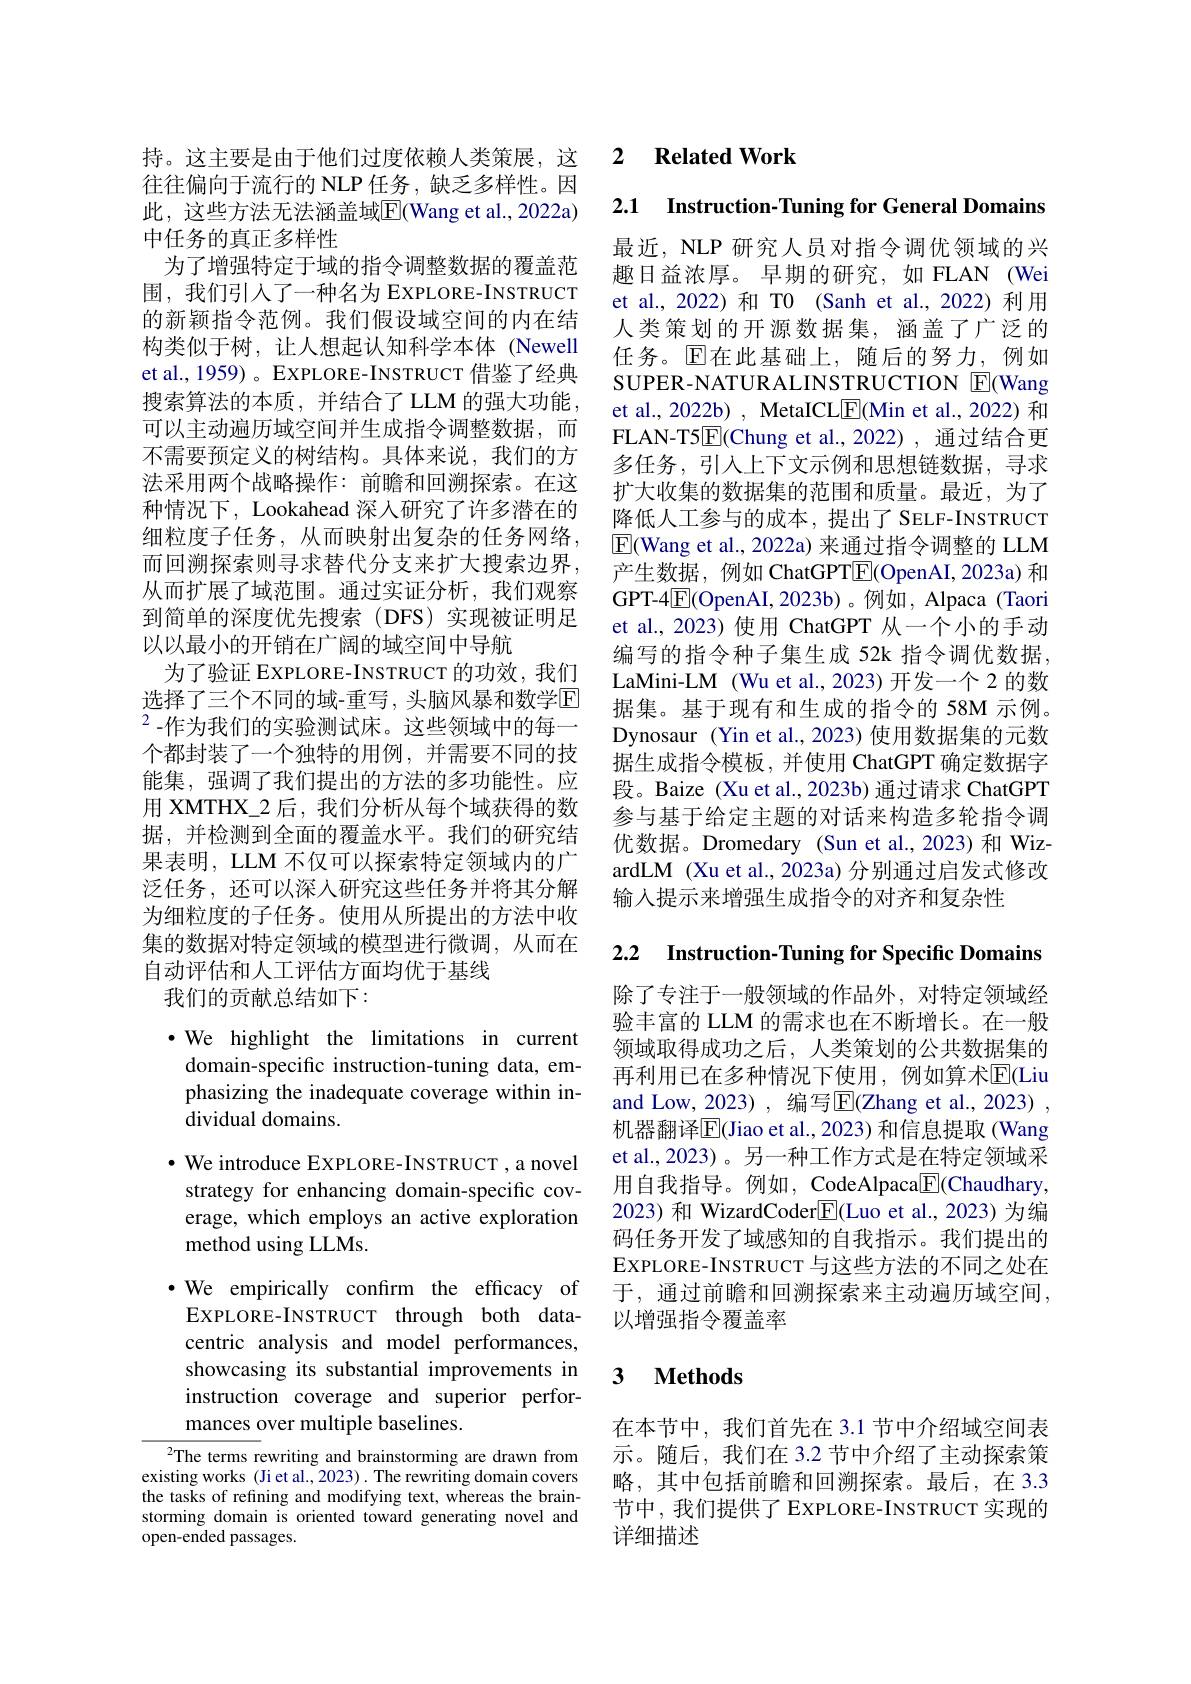
持。这主要是由于他们过度依赖人类策展，这往往偏向于流行的 NLP 任务，缺乏多样性。因此，这些方法无法涵盖域$\overline{\mathrm{E}}($Wang et al.,2022a) 中任务的真正多样性
为了增强特定于域的指令调整数据的覆盖范围，我们引入了一种名为 EXPLORE-INSTRUCT 的新颖指令范例。我们假设域空间的内在结构类似于树，让人想起认知科学本体 (Newell et al., 1959) 。EXPLORE-INSTRUCT 借鉴了经典搜索算法的本质，并结合了LLM 的强大功能， 可以主动遍历域空间并生成指令调整数据，而不需要预定义的树结构。具体来说，我们的方法采用两个战略操作：前瞻和回溯探索。在这种情况下，Lookahead 深人研究了许多潜在的细粒度子任务，从而映射出复杂的任务网络， 而回溯探索则寻求替代分支来扩大搜索边界， 从而扩展了域范围。通过实证分析，我们观察到简单的深度优先搜索(DFS)实现被证明足以以最小的开销在广阔的域空间中导航
为了验证 EXPLORE-INSTRUCT 的功效，我们选择了三个不同的域-重写，头脑风暴和数学$\mathbb{E}$ $^2$-作为我们的实验测试床。这些领域中的每一个都封装了一个独特的用例，并需要不同的技能集，强调了我们提出的方法的多功能性。应用 XMTHX\_2后，我们分析从每个域获得的数据，并检测到全面的覆盖水平。我们的研究结果表明，LLM 不仅可以探索特定领域内的广泛任务，还可以深入研究这些任务并将其分解为细粒度的子任务。使用从所提出的方法中收集的数据对特定领域的模型进行微调，从而在自动评估和人工评估方面均优于基线
我们的贡献总结如下：

·We highlight the limitations in current domain-specific instruction-tuning data, emphasizing the inadequate coverage within individual domains.
$\cdot$ We introduce EXPLORE-INSTRUCT , a novel strategy for enhancing domain-specific coverage, which employs an active exploration method using LLMs.
·We empirically confırm the effıcacy of EXPLORE-INSTRUCT through both datacentric analysis and model performances, showcasing its substantial improvements in instruction coverage and superior performances over multiple baselines.

$^{2}$The terms rewriting and brainstorming are drawn from existing works (Ji et al., 2023) . The rewriting domain covers the tasks of refining and modifying text, whereas the brainstorming domain is oriented toward generating novel and open-ended passages.

### 2 $\textbf{Related Work}$

2.1 $\textbf{Instruction- Tuning for General Domains}$

最近，NLP 研究人员对指令调优领域的兴趣日益浓厚。早期的研究，如 FLAN (Wei et al., 2022) 和 T0 (Sanh et al., 2022) 利用人类策划的开源数据集，涵盖了广泛的任务。$\operatorname{E\text{在此基础上，随后的努力，例如}}$ SUPER-NATURALINSTRUCTION E(Wang et al., 2022b) , MetaICLE(Min et al., 2022) 和FLAN- T5[ E] (Chung et al.,2022),通过结合更多任务，引入上下文示例和思想链数据，寻求扩大收集的数据集的范围和质量。最近，为了降低人工参与的成本，提出了 SELF-INSTRUCT $\mathbb{E}$(Wang et al., 2022a) 来通过指令调整的 LLM 产生数据，例如 ChatGPTE(OpenAI,2023a)和GPT-4$\boxed{\mathrm{F}}($OpenAI,2023b)。例如，Alpaca (Taori et al., 2023) 使用 ChatGPT 从一个小的手动编写的指令种子集生成 52k 指令调优数据， LaMini-LM (Wu et al., 2023) 开发一个 2 的数据集。基于现有和生成的指令的 58M 示例。Dynosaur (Yin et al.,2023) 使用数据集的元数据生成指令模板，并使用 ChatGPT 确定数据字段。Baize (Xu et al.,2023b) 通过请求 ChatGPT 参与基于给定主题的对话来构造多轮指令调优数据。Dromedary (Sun et al.,2023)和 WizardLM (Xu et al., 2023a) 分别通过启发式修改输人提示来增强生成指令的对齐和复杂性

2.2 $\textbf{Instruction- Tuning for Specific Domains}$

除了专注于一般领域的作品外，对特定领域经验丰富的 LLM 的需求也在不断增长。在一般领域取得成功之后，人类策划的公共数据集的再利用已在多种情况下使用，例如算术$\overline{\mathrm{E}}($Liu and Low, 2023) , 编写E$[ ( Z$hang et al., 2023) , 机器翻译$\overline{\mathrm{E}}($Jiao et al., 2023) 和信息提取 (Wang et al.,2023)。另一种工作方式是在特定领域采用自我指导。例如，CodeAlpaca$\boxed{\mathrm{F}}($Chaudhary, 2023) 和 WizardCoder$\underline{\mathrm{E}}($Luo et al.,2023)为编码任务开发了域感知的自我指示。我们提出的EXPLORE-INSTRUCT 与这些方法的不同之处在于，通过前瞻和回溯探索来主动遍历域空间， 以增强指令覆盖率

### 3 $\textbf{Methods}$

在本节中，我们首先在 3.1 节中介绍域空间表示。随后，我们在 3.2 节中介绍了主动探索策略，其中包括前瞻和回溯探索。最后，在 3.3节中，我们提供了EXPLORE-INSTRUCT 实现的详细描述